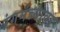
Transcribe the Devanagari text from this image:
रंगमंच्यावर